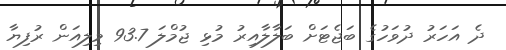
ދެ އަހަރު ދުވަހުގެ ބަޖެޓަށް ބަލާލާއިރު މުޅި ޖުމްލަ 93.7 މިލިއަން ރުފިޔާ